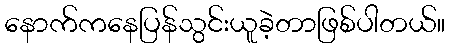
နောက်ကနေပြန်သွင်းယူခဲ့တာဖြစ်ပါတယ်။